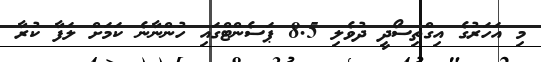
މި އަހަރުގެ އިގްތިސޯދީ ދުވެލި 8.5 ޕަސެންޓްގައި ހުންނާނެ ކަމަށް ލަފާ ކުރާ